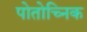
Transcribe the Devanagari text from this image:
पोतोच्निक